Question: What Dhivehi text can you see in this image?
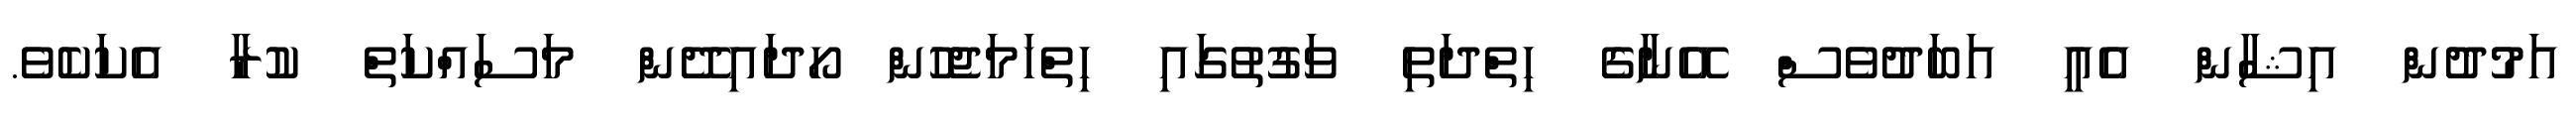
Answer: އަމުދުން އިޝާން އެއީ އަބަދުވެސް އޭނާގެ ހިތްދަތި ވަގުތުގައި ހިތްހަމަޖެހުން ހޯދައިދޭން މަސައްކަތް ކުރާ އެކަކެވެ.